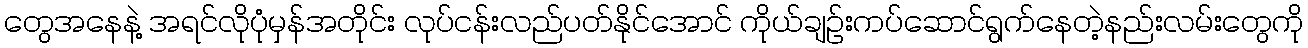
တွေအနေနဲ့ အရင်လိုပုံမှန်အတိုင်း လုပ်ငန်းလည်ပတ်နိုင်အောင် ကိုယ်ချဉ်းကပ်ဆောင်ရွက်နေတဲ့နည်းလမ်းတွေကို